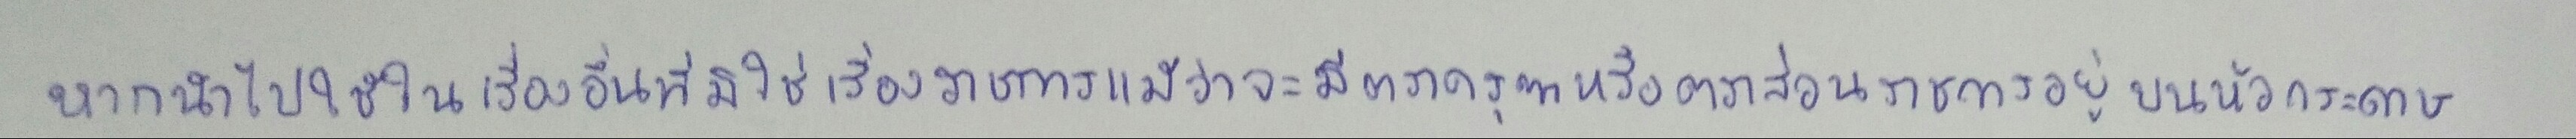
หากนำไปใช้ในเรื่องอื่นที่มิใช่เรื่องราชการแม้ว่าจะมีตราครุฑหรือตราส่วนราชการอยู่บนหัวกระดาษ